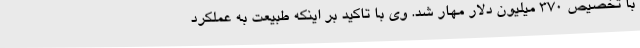
با تخصیص ۳۷۰ میلیون دلار مهار شد. وی با تاکید بر اینکه طبیعت به عملکرد